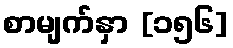
စာမျက်နှာ [၁၅၆]